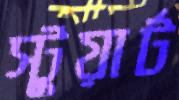
স্টুয়ার্ট